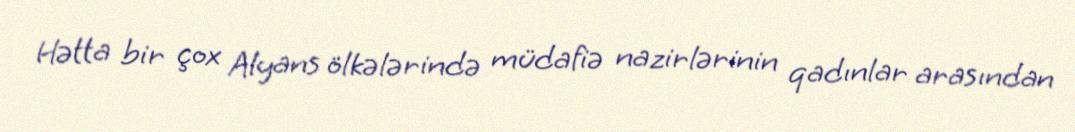
Hətta bir çox Alyans ölkələrində müdafiə nazirlərinin qadınlar arasından